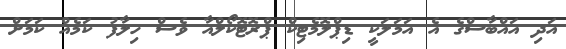
އަދި އައްބާސްގެ އެ އަމަލަކީ ޑިޕްލޮމެޓިކް ޕްރޮޓޮކޯލްއާ ވެސް ހިލާފު ކަމެއް ކަމަށް